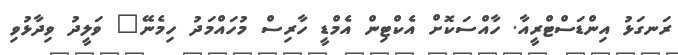
ރަނގަޅު އިންޑަސްޓްރީއާ. ހާއްސަކޮށް އެކްޓިން އެމްޑީ ހާރިސް މުހައްމަދު ހިމެނޭ" ވަލީދު ވިދާޅުވި